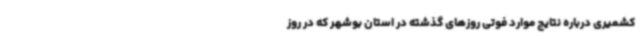
کشمیری درباره نتایج موارد فوتی روزهای گذشته در استان بوشهر که در روز